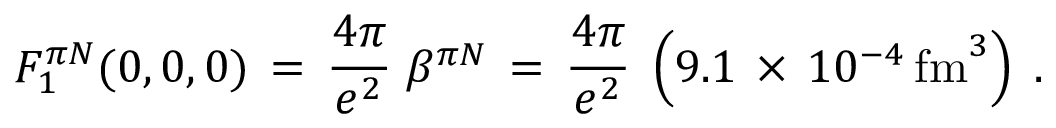
F _ { 1 } ^ { \pi N } ( 0 , 0 , 0 ) \, = \, { \frac { 4 \pi } { e ^ { 2 } } } \; \beta ^ { \pi N } \, = \, { \frac { 4 \pi } { e ^ { 2 } } } \; \left( 9 . 1 \, \times \, 1 0 ^ { - 4 } \, \mathrm { f m } ^ { 3 } \right) \; .